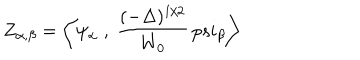
Z _ { \alpha , \beta } = \bigg < \psi _ { \alpha } \; , \ { \frac { ( - \Delta ) ^ { 1 / 2 } } { W _ { 0 } } } \, p s i _ { \beta } \bigg >